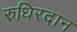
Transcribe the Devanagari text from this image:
रुधिरदान